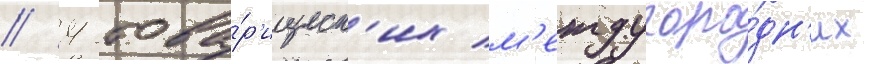
/ 4 това́р'ищеск'их м'еждугоро́дн'их